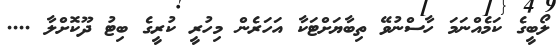
ލޯބީގެ ކަމެއްނަމަ ހާސްނުވޭ ތިބާޔަށްޓަކާ އަހަރެން މިހުރީ ކުރީގެ ބިޓު ދޫކޮށްލާ ....